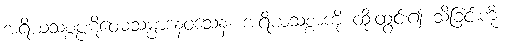
အရိယသစ္စပ္ပဋိဝေဓသမ္ပာဒနဝသေန၊ အရိယသစ္စာကို ထိုးထွင်း၍ သိခြင်းကို